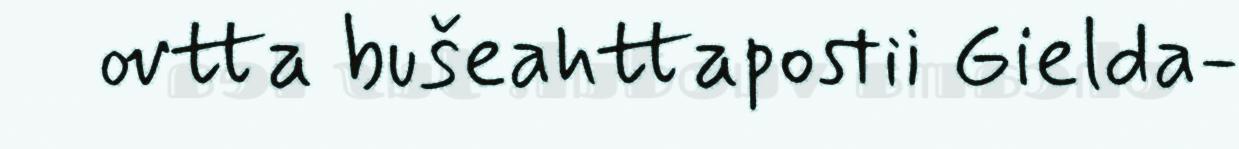
ovtta bušeahttapostii Gielda-